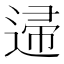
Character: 䢜